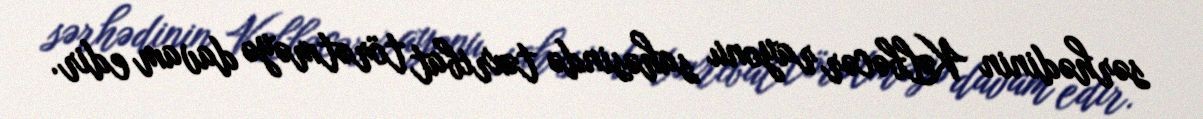
sərhədinin Kəlbəcər rayonu sahəsində təxribat törətməyə davam edir.